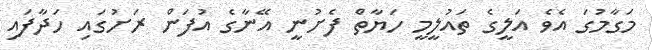
މަގާމުގަ އެވެ އަލީގެ ތައުލީމީ ހަޔާތް ފެށުނީ އޭނާގެ އުފަން ރަށުގައި ހަދާފައި